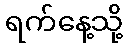
ရက်နေ့သို့